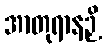
အာတုရာနဉှိ